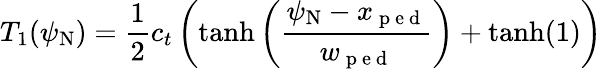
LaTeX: T_{1}(\psi_{\mathrm{N}})=\frac{1}{2}c_{t}\left(\operatorname{tanh}\left(\frac{\psi_{\mathrm{N}}-x_{\mathrm{~p~e~d~}}}{w_{\mathrm{~p~e~d~}}}\right)+\operatorname{tanh}(1)\right)